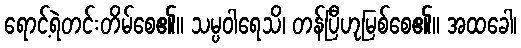
ရောင့်ရဲတင်းတိမ်စေ၏။ သမ္ပဝါရေသိ၊ တန်ပြီဟုမြစ်စေ၏။ အထခေါ၊